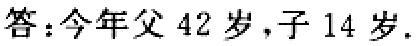
答：今年父 42 岁，子 14 岁.